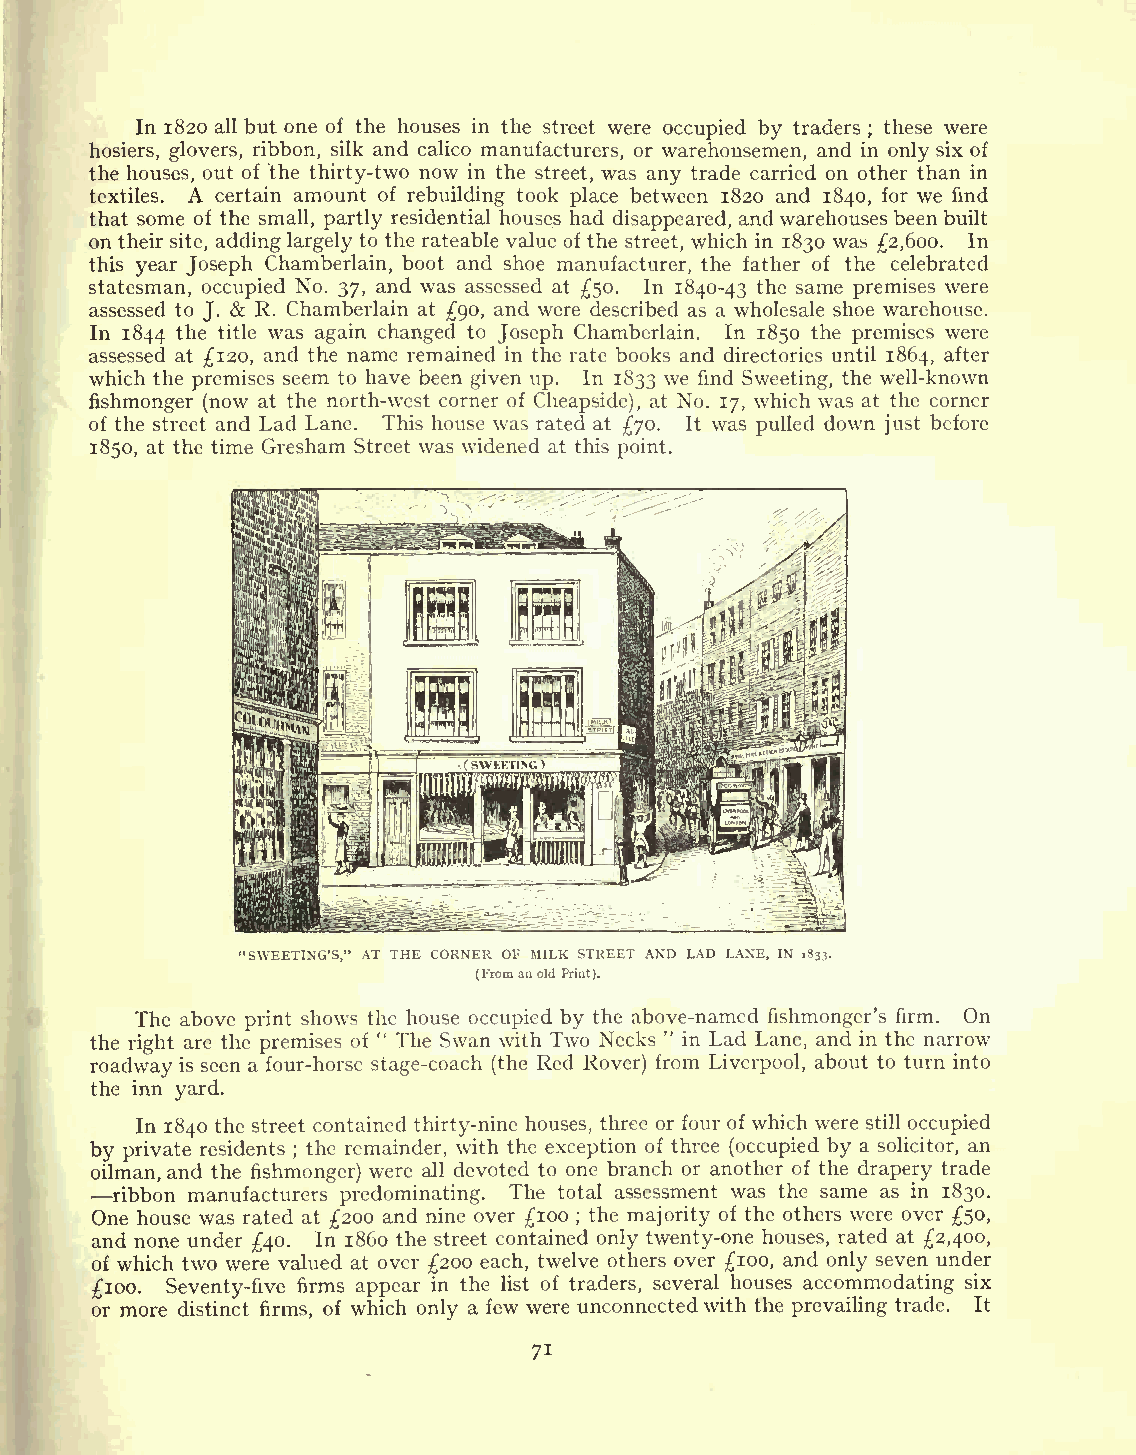
In 1820 all but one of the houses in the street were occupied by traders these were
 ;
 hosiers, glovers, ribbon, silk and calico manufacturers, or warehousemen, and in only six of
 the houses, out of the thirty-two now in the street, was any trade carried on other than in
 textiles. A certain amount of rebuilding took place between 1820 and 1840, for we find
 that some of the small, partly residential houses had disappeared, andwarehouses been built
 on their site, adding largely to the rateable value of the street, which in 1830 was 2,600. In
 this year Joseph Chamberlain, boot and shoe manufacturer, the father of the celebrated
 statesman, occupied No. 37, and was assessed at 50. In 1840-43 the same premises were
 assessed to J. & R. Chamberlain at 90, and were described as a wholesale shoe warehouse.
 In 1844 the title was again changed to Joseph Chamberlain. In 1850 the premises were
 assessed at 120, and the name remained in the rate books and directories until 1864, after
 which the premises seem to have been given up. In 1833 we find Sweeting, the well-known
 fishmonger (now at the north-west corner of Cheapside), at No. 17, which was at the corner
 of the street and Lad Lane. This house was rated at 70. It was pulled down just before
 1850, at the time Gresham Street was widened at this point.
 "SWEETING'S," AT THE CORNER OF MILK STREET AND LAD LANE, IN 1833.
 (Fromanold Print).
 the
 rT ih ghe ta ab ro ev te hepr pi rn et mis sh eo sws ofth "e Th ho eus Se wao ncc wu ip ti hed Tb wy ot Nh ee ca kb so "ve i- nn La am ded Laf ni es ,hm aon ng der i' ns thfi erm n. arrO on
 w
 roadway is seen a four-horse stage-coach (the Red Rover) from Liverpool, about to turn into
 the inn yard.
 In 1840 the street contained thirty-nine houses, three or four of which were still occupied
 by private residents ; the remainder, with the exception of three (occupied by a solicitor, an
 oilman, and the fishmonger) were all devoted to one branch or another of the drapery trade
 ribbon manufacturers predominating. The total assessment was the same as in 1830.
 One house was rated at 200 and nine over 100 the majority of the others were over 50,
 ;
 and none under 40. In 1860 the street contained only twenty-one houses, rated at 2,400,
 of which two were valued at over 200 each, twelve others over 100, and only seven under
 100. Seventy-five firms appear in the list of traders, several houses accommodating six
 or more distinct firms, of which only a few were unconnectedwith the prevailing trade. It